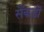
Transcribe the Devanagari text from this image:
सैंकड़ॊ